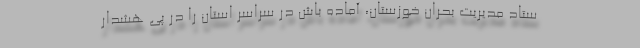
ستاد مدیریت بحران خوزستان، آماده باش در سراسر استان را در پی هشدار